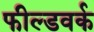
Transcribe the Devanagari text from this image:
फील्डवर्क